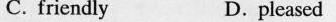
C. friendly D. pleased